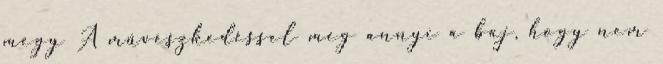
megy A művészkedéssel meg annyi a baj, hogy nem